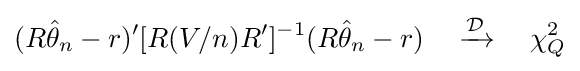
(R{\hat {\theta }}_{n}-r)'[R(V/n)R']^{-1}(R{\hat {\theta }}_{n}-r)\quad \xrightarrow {\mathcal {D}} \quad \chi _{Q}^{2}